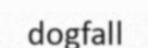
dogfall